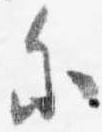
参